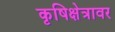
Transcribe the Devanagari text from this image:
कृषिक्षेत्रावर